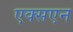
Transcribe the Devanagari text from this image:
एक्सएन